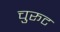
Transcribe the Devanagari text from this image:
चुरूट